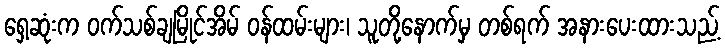
ရှေ့ဆုံးက ဝက်သစ်ချမြိုင်အိမ် ဝန်ထမ်းများ၊ သူတို့နောက်မှ တစ်ရက် အနားပေးထားသည့်